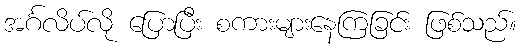
အင်္ဂလိပ်လို ပြောပြီး စကားများနေကြခြင်း ဖြစ်သည်။